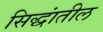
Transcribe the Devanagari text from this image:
सिद्धांतील